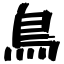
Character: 鳥